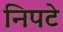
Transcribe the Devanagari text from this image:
निपटे